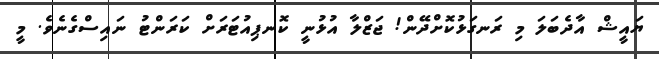
ޔައީޝް އާދެބަލަ މި ރަނގަޅުކޮށްދޭން! ޖަޒްލާ އުޅުނީ ކޮނޕިއުޓަރަށް ކަރަންޓު ނައިސްގެނެވެ. މީ